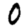
Digit: 0